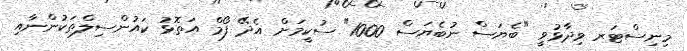
މިނިސްޓަރ ވިދާޅުވީ "ބެޔަސް ނުބެޔަސް 1000" ސުކީމަށް އެދޭ ފޯމް އަތޮޅު ކައުންސިލްތަކުންނާއި